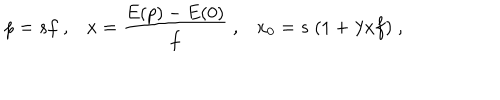
p = s f \; , x = \frac { E ( p ) - E ( 0 ) } { f } \; , x _ { 0 } = s \; ( 1 + \lambda x f ) \; ,